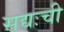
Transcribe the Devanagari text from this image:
सद्यःची